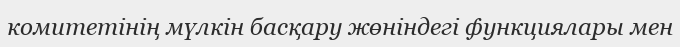
комитетінің мүлкін басқару жөніндегі функциялары мен